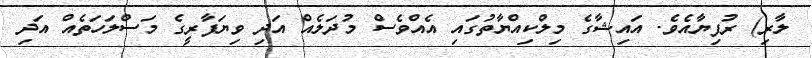
ލާރި) ރުފިޔާއެވެ. އައިޝާގެ މިލްކިއްޔާތުގައި އެއްވެސް މުދަލެއް އަދި ވިޔަފާރީގެ މަސްލަހަތެއް އަދި